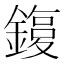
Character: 𨫙